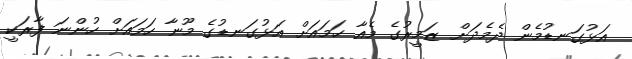
އަޅުގަނޑުމެން ދެމެދަށް ޒަމީރުގެ މެއާ ހަމައަށް އަޅުގަނޑުގެ މޫނާ ހަމައަށް ހުންނަ ފާރަކީ